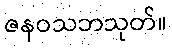
ဇနဝသဘသုတ်။